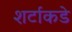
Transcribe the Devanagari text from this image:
शर्टाकडे